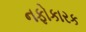
નફોકારક